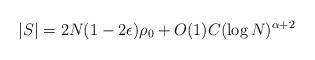
LaTeX: \begin{align*}|S|=2N(1-2\epsilon)\rho_0+O(1)C(\log N)^{\alpha+2}\end{align*}